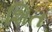
શિત